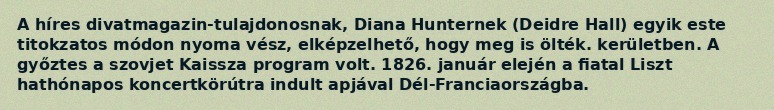
A híres divatmagazin-tulajdonosnak, Diana Hunternek (Deidre Hall) egyik este titokzatos módon nyoma vész, elképzelhető, hogy meg is ölték. kerületben. A győztes a szovjet Kaissza program volt. 1826. január elején a fiatal Liszt hathónapos koncertkörútra indult apjával Dél-Franciaországba.